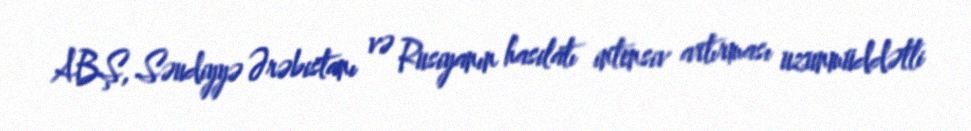
ABŞ, Səudiyyə Ərəbistanı və Rusiyanın hasilatı intensiv artırması uzunmüddətli